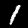
Digit: 1